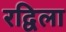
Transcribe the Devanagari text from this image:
रद्विला